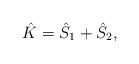
LaTeX: \begin{align*} {\hat K}={\hat S}_{1}+{\hat S}_{2},\end{align*}